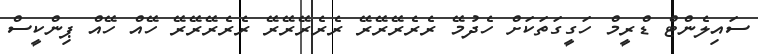
ސައިލެންޓް ޑްރީމް ހަގީގަތަކަށް ހެދުމޭ ރެރެރޭރޭރޭ ރެެރެރޭރޭރޭ ރެެރެރޭރޭރޭ ހޭއް ހޭއް ޕިންކީސް